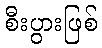
စီးပွားဖြစ်